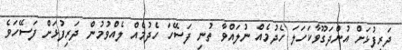
ދަރިފުޅަށް އުންދަގޫވާކަހަލަ ހެދުމެއް ނުލައްވާ ތުނި ފަސޭހަ ހެދުމެއް ލެއްވުމުން ދަރިފުޅަށް ފަސޭހަވެ